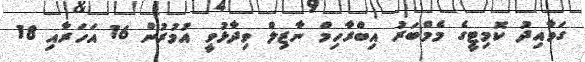
ގަވާއިދު ކޮމިޓީގެ މެމްބަރު އިބްރާހިމް ނާޒިލް ވިދާޅުވީ އުމުރުން 16 އަހަރާއި 18